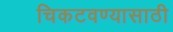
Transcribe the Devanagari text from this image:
चिकटवण्यासाठी